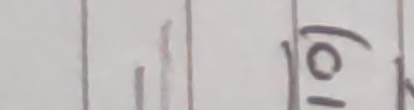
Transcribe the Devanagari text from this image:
१० )